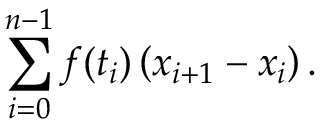
\sum _ { i = 0 } ^ { n - 1 } f ( t _ { i } ) \left( x _ { i + 1 } - x _ { i } \right) .